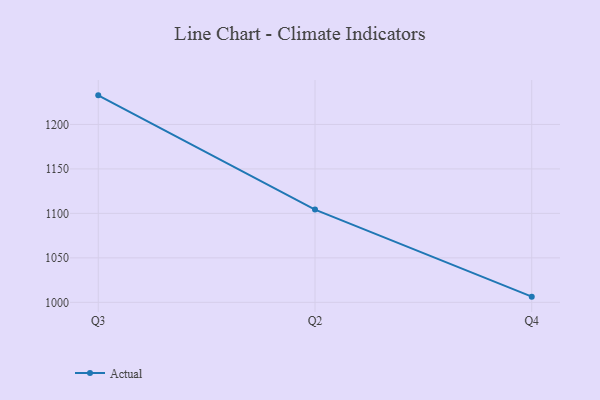
{"axis": {"x": "Quarter", "y": "Humidity (%)"}, "legend": ["Actual"], "data": [{"x": "Q3", "y": 1232.7, "type": "Actual"}, {"x": "Q2", "y": 1104.3, "type": "Actual"}, {"x": "Q4", "y": 1006.4, "type": "Actual"}]}